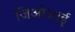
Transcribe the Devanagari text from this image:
जिओआई